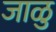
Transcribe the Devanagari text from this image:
जाळु